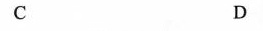
C D